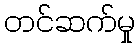
တင်ဆက်မှု